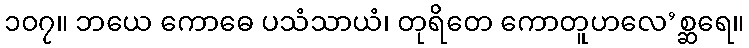
၁၀၇။ ဘယေ ကောဓေ ပသံသာယံ၊ တုရိတေ ကောတူဟလေ’စ္ဆရေ။